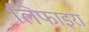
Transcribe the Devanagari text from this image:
लिफाइरा